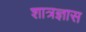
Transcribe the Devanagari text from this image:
शात्रज्ञास